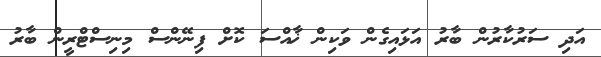
އަދި ސަރުކާރުން ބާރު އަޅައިގެން ވަކިން ޚާއްސަ ކޮށް ފިނޭންސް މިނިސްޓްރީން ބާރު